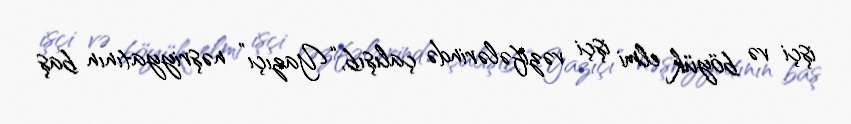
işçi və böyük elmi işçi vəzifələrində çalışıb, “Yazıçı” nəşriyyatının baş